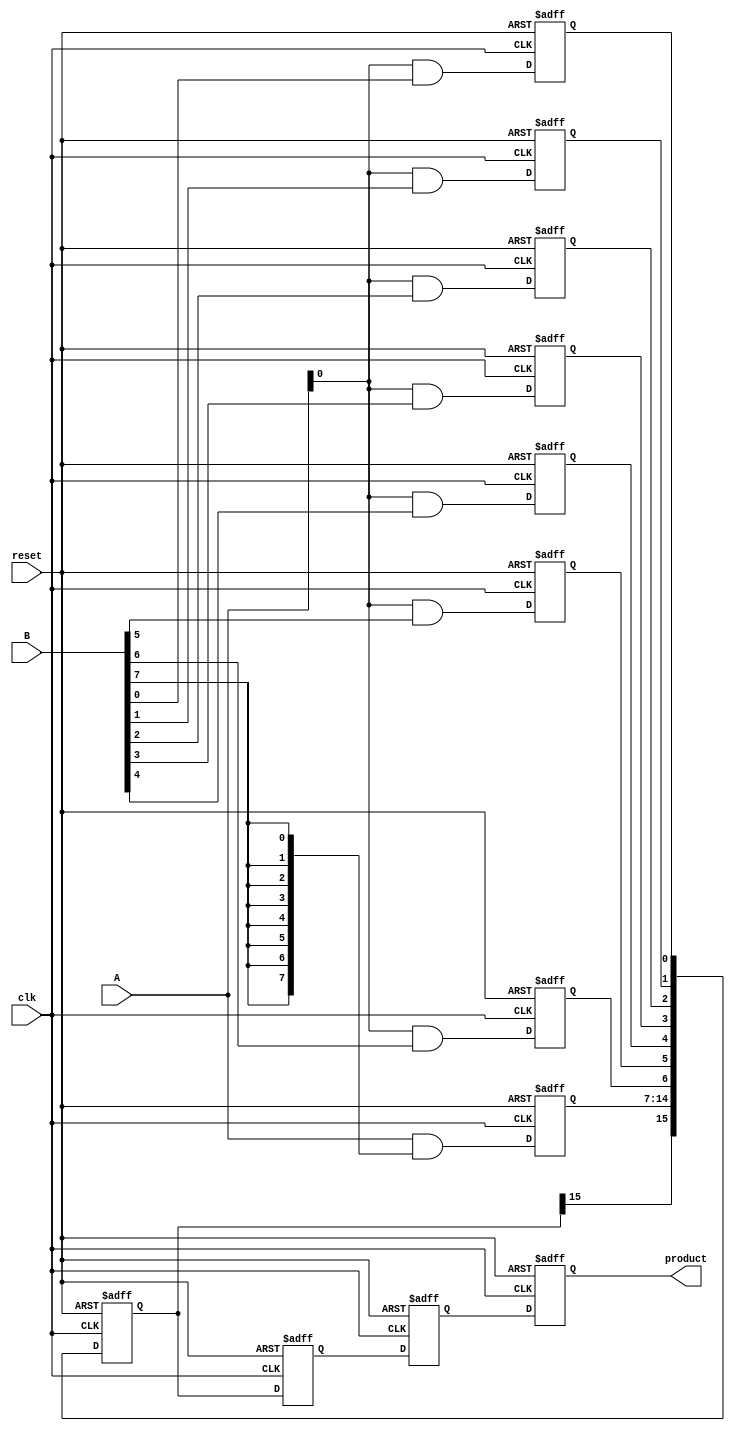
module PipelinedWallaceTreeMultiplier #(parameter n = 8, parameter stages = 3)(
    input clk,
    input reset,
    input [n-1:0] A,
    input [n-1:0] B,
    output reg [2*n-1:0] product
);

    reg [n-1:0] partial_products[n-1:0]; // Array to hold partial products
    reg [2*n-1:0] intermediate_results[(1 << (stages-1))-1:0]; // Intermediate results for each stage
    reg [2*n-1:0] stage_output[stages-1:0]; // Output of each stage
    reg [2*n-1:0] final_sum; // Final sum after all stages

    integer i, j;

    // Stage 1: Generate partial products
    always @(posedge clk or posedge reset) begin
        if (reset) begin
            for (i = 0; i < n; i = i + 1) begin
                partial_products[i] <= 0;
            end
            stage_output[0] <= 0;
        end else begin
            for (i = 0; i < n; i = i + 1) begin
                partial_products[i] <= A & {n{B[i]}};
            end

            // First level of Wallace tree reduction
            for (i = 0; i < n; i = i + 1) begin
                stage_output[0][i +: n] <= partial_products[i];
            end
        end
    end

    // Stage 2: Wallace tree reduction
    always @(posedge clk or posedge reset) begin
        if (reset) begin
            stage_output[1] <= 0;
        end else begin
            // Reduction logic (simplified)
            // Here you can implement the Wallace tree reduction logic
            // For demonstration, we just sum the first stage's outputs
            stage_output[1] <= stage_output[0]; // Modify this with actual reduction logic
        end
    end

    // Stage 3: Final summation
    always @(posedge clk or posedge reset) begin
        if (reset) begin
            final_sum <= 0;
            product <= 0;
        end else begin
            // Final addition (simplified)
            // This should include the addition of the last two rows
            final_sum <= stage_output[1]; // Modify this with actual final addition logic
            product <= final_sum; // Output the final product
        end
    end

endmodule